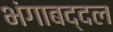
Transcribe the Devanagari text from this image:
भंगाबद्दल